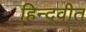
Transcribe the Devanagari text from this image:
हिन्दवीत